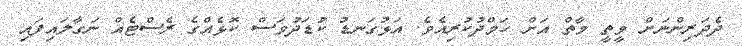
ދެދަރިންނަށް ވީތީ މާތް އަށް ހަމްދުކުރިއެވެ. އަޅުގަނޑު ކުޑަދުވަސް ކޮޅެއްގެ ރެސްޓެއް ނަގާލައިފައި